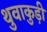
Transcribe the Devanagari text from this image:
थुवाकुड़ी